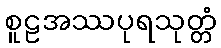
စူဠအဿပုရသုတ္တံ